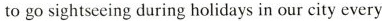
to go sightseeing during holidays in our city every